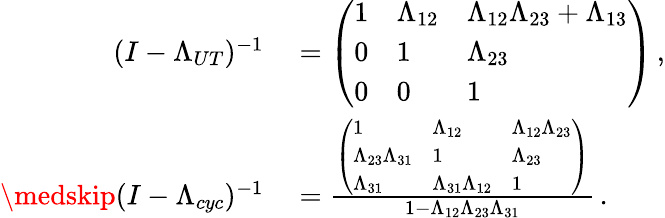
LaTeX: \begin{array}{rl}{(I-\Lambda_{UT})^{-1}}&{{}=\left(\begin{array}{lll}{1}&{\Lambda_{12}}&{\Lambda_{12}\Lambda_{23}+\Lambda_{13}}\\ {0}&{1}&{\Lambda_{23}}\\ {0}&{0}&{1}\end{array}\right)\, ,}\\ {\medskip(I-\Lambda_{cyc})^{-1}}&{{}=\frac{\left(\begin{array}{lll}{1}&{\Lambda_{12}}&{\Lambda_{12}\Lambda_{23}}\\ {\Lambda_{23}\Lambda_{31}}&{1}&{\Lambda_{23}}\\ {\Lambda_{31}}&{\Lambda_{31}\Lambda_{12}}&{1}\end{array}\right)}{1-\Lambda_{12}\Lambda_{23}\Lambda_{31}}\, .}\end{array}